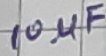
Text: 10µF